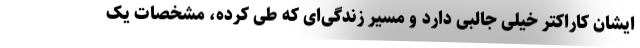
ایشان کاراکتر خیلی جالبی دارد و مسیر زندگی‌ای که طی کرده، مشخصات یک